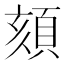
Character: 頦